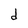
Character: d